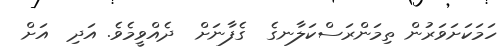
ހަމަކަށަވަރުން ތިމަންރަސްކަލާނގެ  ގެފާނަށް  ދެއްވީމެވެ. އަދި  އަށް